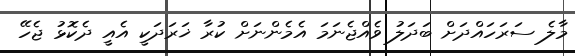
މާލެ ސަރަހައްދަށް ބަދަލު ވެެއްޖެނަމަ އެމެންނަށް ކުރާ ޚަރަދަކީ އެއީ ދެކޮޅު ޖެހޭ